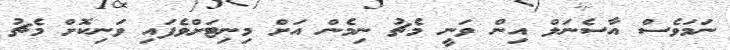
ނަމަވެސް އާސެނަލް އިން ވަނީ މެޗު ނިމެން އަށް މިނިޓަށްވެފައި ވަނިކޮށް މެޗު